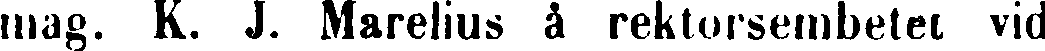
mag. K. J. Marelius å rektorsembetet vid